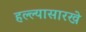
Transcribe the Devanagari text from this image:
हल्ल्यासारखे